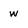
Character: w